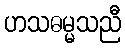
ဟသဓမ္မသညီ